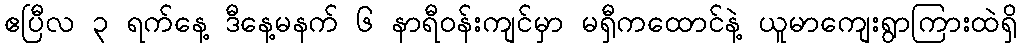
ဧပြီလ ၃ ရက်နေ့ ဒီနေ့မနက် ၆ နာရီဝန်းကျင်မှာ မရှီကထောင်နဲ့ ယူမာကျေးရွာကြားထဲရှိ